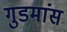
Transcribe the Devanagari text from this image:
गुडमांस